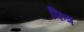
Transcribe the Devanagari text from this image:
फित्र